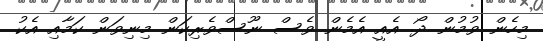
މިހެން ވުމުން ދޯ. އެއީ އެމެން ވެސް ނޫސްވެރިކަން މިނިވަން ކަމާއި އެކު